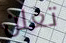
تعلن